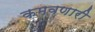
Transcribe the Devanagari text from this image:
कमवणारी